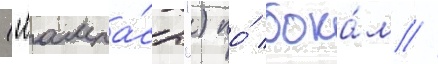
("лампа́сы") по́ бока́м //